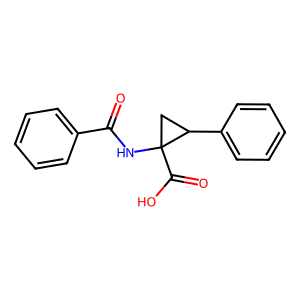
SMILES: O=C(NC1(C(=O)O)CC1c1ccccc1)c1ccccc1
Inhibits HIV replication: No